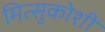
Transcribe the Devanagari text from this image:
मित्सुकोशी